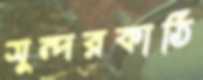
সুন্দরকাঠি